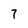
Character: 7